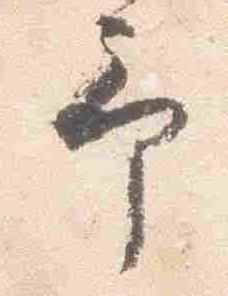
予